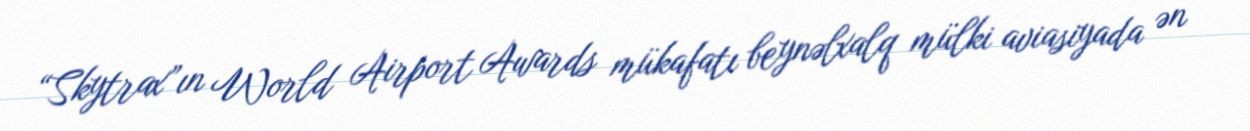
“Skytrax”ın World Airport Awards mükafatı beynəlxalq mülki aviasiyada ən